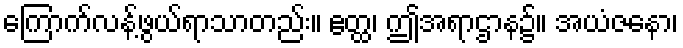
ကြောက်လန့်ဖွယ်ရာသာတည်း။ ဧတ္ထ၊ ဤအရာဌာန၌။ အယံဇနော၊